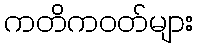
ကတိကဝတ်များ